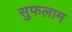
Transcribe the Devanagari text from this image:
सुफलाम